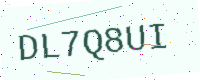
Text: DL7Q8UI